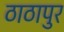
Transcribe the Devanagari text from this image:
ठाठापुर